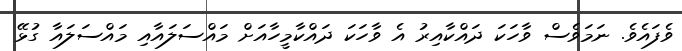
ވެފައެވެ. ނަމަވެސް ވާހަކަ ދައްކާއިރު އެ ވާހަކަ ދައްކާމީހާއަށް މައްސަލައާއި މައްސަލައާ ގުޅޭ